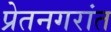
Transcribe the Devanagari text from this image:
प्रेतनगरांत